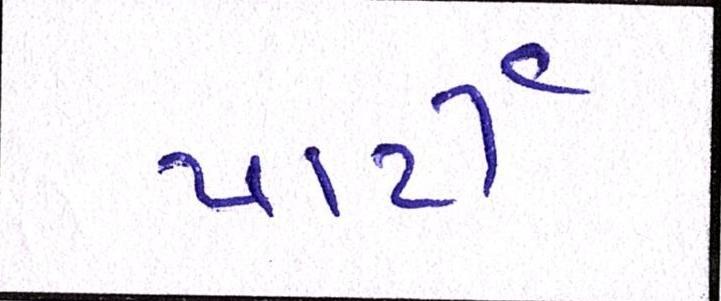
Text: પાર્ટી